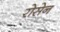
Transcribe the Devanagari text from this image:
रोसेन